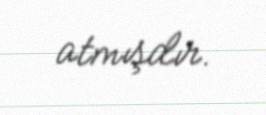
atmışdır.